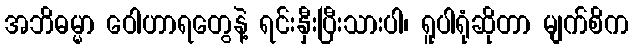
အဘိဓမ္မာ ဝေါဟာရတွေနဲ့ ရင်းနှီးပြီးသားပါ၊ ရူပါရုံဆိုတာ မျက်စိက